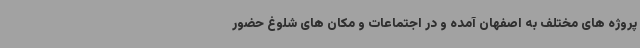
پروژه های مختلف به اصفهان آمده و در اجتماعات و مکان های شلوغ حضور